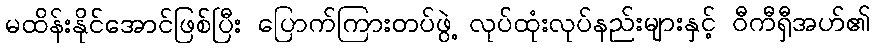
မထိန်းနိုင်အောင်ဖြစ်ပြီး ပြောက်ကြားတပ်ဖွဲ့ လုပ်ထုံးလုပ်နည်းများနှင့် ဝီကီရှီအဟ်၏